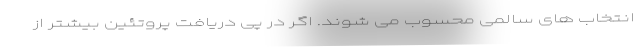
انتخاب های سالمی محسوب می شوند. اگر در پی دریافت پروتئین بیشتر از